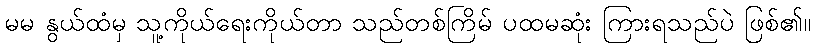
မမ နွယ်ထံမှ သူ့ကိုယ်ရေးကိုယ်တာ သည်တစ်ကြိမ် ပထမဆုံး ကြားရသည်ပဲ ဖြစ်၏။